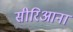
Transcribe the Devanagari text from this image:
सीरिआना